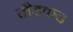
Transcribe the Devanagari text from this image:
दौडकद